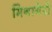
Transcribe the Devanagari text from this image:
मिनागेरी